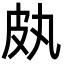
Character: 㿪